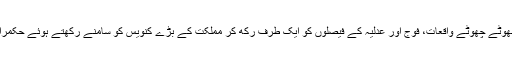
ہماری گزارش ہے کہ چھوٹے چھوٹے واقعات، فوج اور عدلیہ کے فیصلوں کو ایک طرف رکھ کر مملکت کے بڑے کنویس کو سامنے رکھتے ہوئے حکمرانوں کو تولتے رہا کریں۔